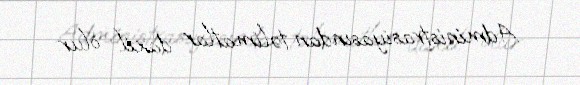
Administrasiyasından təlimatlar daxil olur.